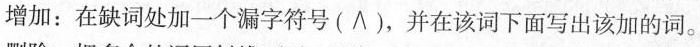
增加：在缺词处加一个漏字符号(∧)，并在该词下面写出该加的词。